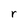
Character: r